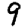
Digit: 9